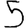
Digit: 5